Report on vaccination in Madras 1877-1894 - 1877-1894
Year: 1877
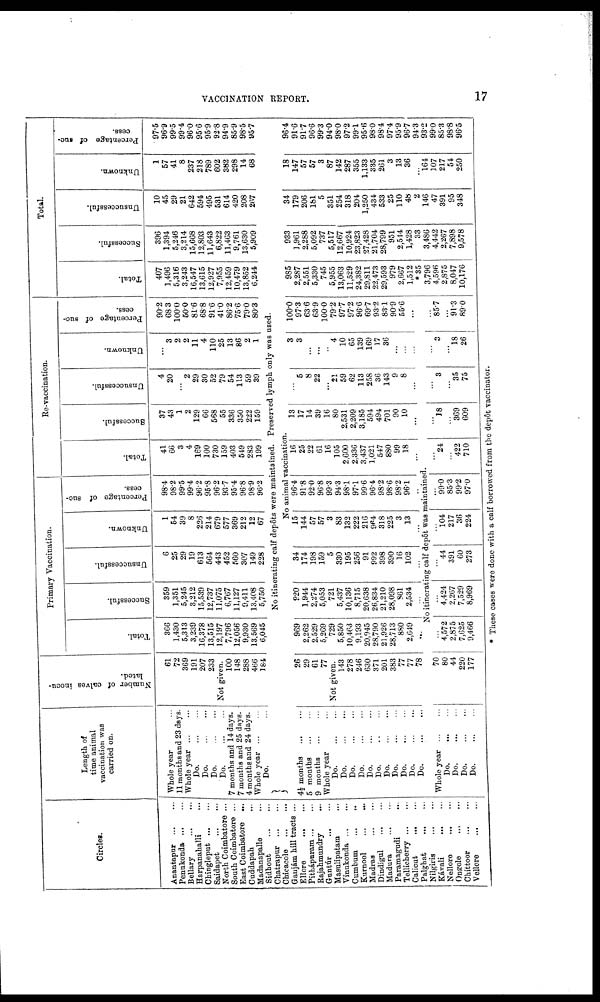
VACCINATION REPORT.
17
Circles.
Anantapur
...
...
Penukonda
...
...
Bellary
...
...
Harpanahalli ...
Chingleput
...
...
Saidapet
...
...
North Coimbatore ...
South Coimbatore ...
East Coimbatore ...
Caddapah ...
Madanapalle
...
Sidhout
...
...
Chatrapur
...
...
Chicacole
...
...
Gaujám hill tracts ...
Ellore
...
...
Pithápuram ... ...
Rajabmondry ...
Guntúr
...
...
Masulipatam ...
Vinukonda
...
...
Cumbum
...
...
Kurnool
...
...
Madras
...
...
Dindigul
...
...
Madura
...
...
Paramagudi ...
Tellicherry ... ...
Calicut
...
...
Palgbat
...
...
Nilgiris
...
...
Kávali
...
...
Nellore ... ...
Ongole ... ...
Chittoor
...
...
Vellore
...
...
Length of
time animal
vaccination was
carried on.
Whole year ...
11 months and 23 days.
Whole year
...
...
Do.
...
...
Do.
...
...
Do.
...
...
Do.
...
...
7 months and 14 days.
7 months and 25 days.
4 months and 24 days.
Whole year
...
...
Do. ...
Number of calves inocu-
lated.
61
72
369
191
207
233
Not given.
100
148
288
466
184
Primary Vaccination.
Total.
366
1,430
5,313
3,239
16,378
13,515
12,197
7,796
12,056
9,930
13,569
6,045
Successful.
359
1,351
5,245
3,212
15,539
12,737
11,075
6,767
11,127
9,411
13,408
5,750
Unsuccessful.
6
25
29
19
613
564
443
452
560
307
149
228
Unknown.
1
54
39
8
226
214
679
577
369
212
12
67
Percentage of suc-
cess.
98.4
98.2
99.5
99.4
96.2
95.8
96.2
93.7
95.4
96.8
98.9
96.2
Re-vaccination.
Total.
41
66
3
4
169
100
730
159
403
549
283
199
Successful.
37
43
1
2
129
66
568
55
336
350
222
159
Unsuccessful.
4
20
...
2
29
30
52
79
54
113
59
39
Unknown.
...
3
2
2
11
4
110
25
13
86
2
1
Percentage of suc-
cess.
90.2
68.3
100.0
50.0
81.6
68.8
91.6
41.0
86.2
75.6
79.0
80.3
Total.
Total.
407
1,496
5,316
3,243
16,547
13,615
12,927
7,955
12,459
10,479
13,852
6,244
Successful.
396
1,394
5,246
3,214
15,668
12,803
11,643
6,822
11,463
9,761
13,630
5,909
Unsuccessful.
10
45
29
21
642
594
495
531
614
420
208
267
Unknown.
1
57
41
8
237
218
789
602
382
298
14
68
Percentage of suc-
cess.
97.5
96.9
99.5
99.4
96.0
95.6
95.9
92.8
94.9
85.9
98.5
95.7
No itinerating calf depots were maintained. Preserved lymph only was used.
No animal vaccination.
4½ months
... ...
5 months ... ...
9 months ... ...
Whole year ...
Do.
...
...
Do.
...
...
Do.
...
...
Do.
...
...
Do.
...
...
Do.
...
...
Do.
...
...
Do.
...
...
Do.
...
...
Do.
...
...
Do.
...
...
26
29
61
77
Not given.
143
278
246
630
371
201
383
77
77
78
969
2,262
2,529
5,269
729
5,850
10,463
9,193
20,945
28,790
21,926
28,713
880
2,649
...
920
1,944
2,274
5,053
721
5,437
10,136
8,715
20,638
26,834
21,210
28,098
861
2,534
...
34
174
198
159
5
330
195
256
91
992
398
390
16
102
...
15
144
57
57
3
83
132
222
216
964
318
225
3
13
...
96.4
91.8
92.0
96.8
99.3
94.3
98.1
97.1
99.6
96.4
98.2
98.6
98.2
96.1
...
16
25
22
61
16
105
2,600
2,336
3,437
1,021
547
880
99
18
...
13
17
14
39
16
80
2,531
2,209
3,185
594
494
701
90
10
...
...
5
8
22
...
21
59
62
113
258
36
143
9
8
...
3
3
...
...
...
4
10
65
139
169
17
36
...
...
...
100.0
97.3
63.6
63.9
100.0
79.2
97.7
97.2
96.6
69.7
93.2
83.1
90.9
55.6
...
No itinerating calf depôt was maintained.
Whole year
...
...
Do.
...
...
Do.
...
...
Do.
...
...
Do.
...
...
70
80
44
220
177
...
4,572
2,875
7,625
9,466
...
4,424
2,267
7,529
8,969
...
44
391
60
273
...
104
217
36
224
...
99.0
85.3
99.2
970
...
24
...
422
710
...
18
...
369
609
...
3
...
35
75
...
3
...
18
26
...
85.7
...
91.3
89.0
985
2,287
2,551
5,330
745
5,955
13,063
11,529
24,382
29,811
22,473
29,593
979
2,667
1,512
*85
3,796
4,596
2,875
8,047
10,176
933
1,961
2,288
5,092
737
5,517
12,667
10,924
23,823
27,428
21,704
28,799
951
2,544
1,428
33
3,486
4,442
2,267
7,898
9,578
34
179
206
181
5
351
254
318
204
1,250
434
533
25
110
48
2
146
47
391
95
348
18
147
57
57
3
87
142
287
355
1,133
335
261
3
13
36
...
164
107
217
54
250
96.4
91.6
91.7
96.6
99.3
94.0
98.0
97.2
99.1
95.6
98.0
98.4
97.4
95.9
96.7
94.3
93.2
99.0
85.3
98.8
96.5
* These cases were done with a calf borrowed from the depôt vaccinator.